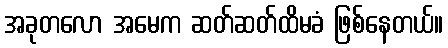
အခုတလော အမေက ဆတ်ဆတ်ထိမခံ ဖြစ်နေတယ်။